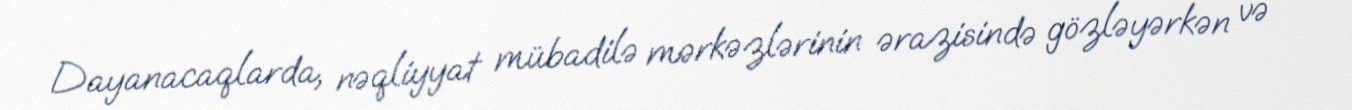
Dayanacaqlarda, nəqliyyat mübadilə mərkəzlərinin ərazisində gözləyərkən və